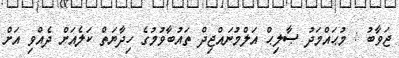
ޖަވާބު : މުޙައްމަދު ޞާލިޙް އަލްމުނައްޖިދް ތައުބާވުމުގެ ހިދާޔަތް ކަލެއަށް ދެއްވި އަށް